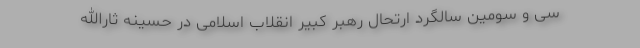
سی و سومین سالگرد ارتحال رهبر کبیر انقلاب اسلامی در حسینه ثارالله